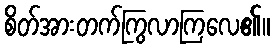
စိတ်အားတက်ကြွလာကြလေ၏။